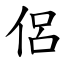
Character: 侶